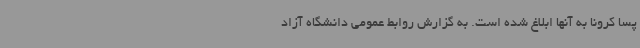
پسا کرونا به آنها ابلاغ شده است. به گزارش روابط عمومی دانشگاه آزاد